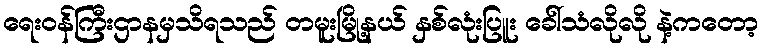
ရေးဝန်ကြီးဌာနမှသိရသည် တမူးမြို့နယ် နှစ်လုံးပြူး ခေါ်သံလိုလို နဲ့ကတော့